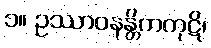
၁။ ဥဿာဝနန္တိကကုဋိ၊